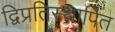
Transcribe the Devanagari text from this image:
द्विप्रतिस्थापित